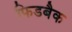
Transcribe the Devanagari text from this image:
फिडबैक